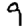
Digit: 9